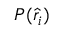
P ( \hat { r } _ { i } )